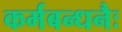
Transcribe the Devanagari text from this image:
कर्मबन्धनैः